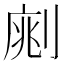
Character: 𠝡